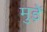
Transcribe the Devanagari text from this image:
मुड़ें